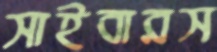
সাইবারস